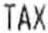
TAX